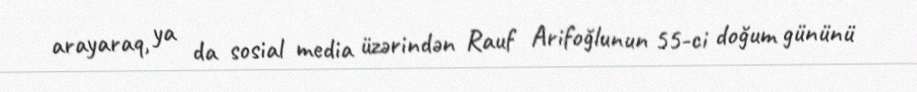
arayaraq, ya da sosial media üzərindən Rauf Arifoğlunun 55-ci doğum gününü